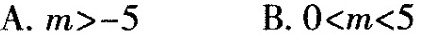
A.m>-5 B.O<m<5